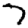
Digit: 7